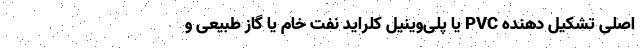
اصلی تشکیل‌ دهنده PVC یا پلی‌وینیل‌ کلراید نفت خام یا گاز طبیعی و